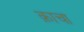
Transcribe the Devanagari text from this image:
क़ाचा